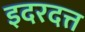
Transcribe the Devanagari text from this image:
इदरदत्त